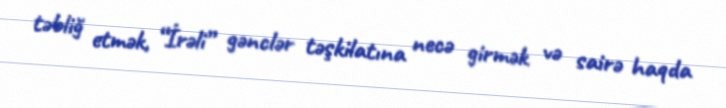
təbliğ etmək, “İrəli” gənclər təşkilatına necə girmək və sairə haqda